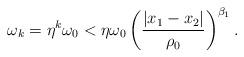
LaTeX: \begin{align*}\omega_{k}= \eta^{k}\omega_0 < \eta \omega_0 \left(\frac{|x_1 -x_2|}{\rho_0}\right)^{\beta_1}.\end{align*}